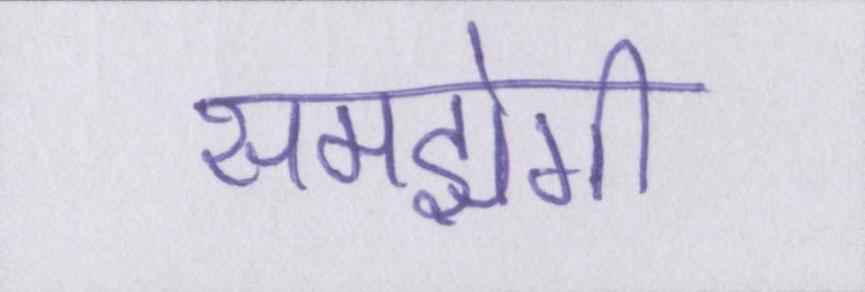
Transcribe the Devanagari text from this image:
समझेगी